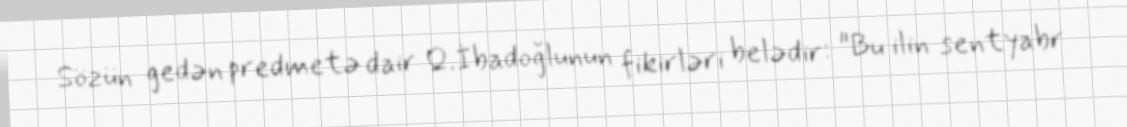
Sözün gedən predmetə dair Q.İbadoğlunun fikirləri belədir: "Bu ilin sentyabr